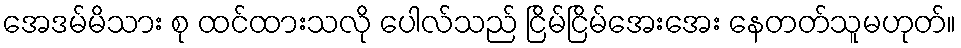
အေဒမ်မိသား စု ထင်ထားသလို ပေါလ်သည် ငြိမ်ငြိမ်အေးအေး နေတတ်သူမဟုတ်။